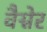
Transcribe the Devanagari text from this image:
वैग्नेर